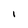
Character: I